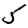
Digit: 5